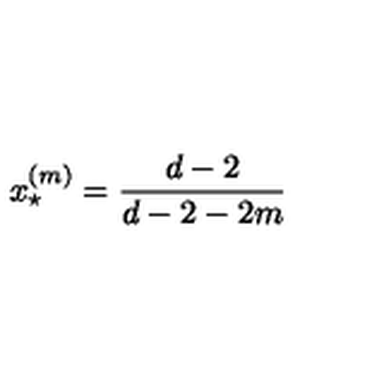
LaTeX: x _ { \star } ^ { ( m ) } = \frac { d - 2 } { d - 2 - 2 m }